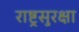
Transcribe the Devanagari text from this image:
राष्ट्रसुरक्षा